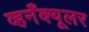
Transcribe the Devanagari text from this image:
व्हर्नॅक्यूलर